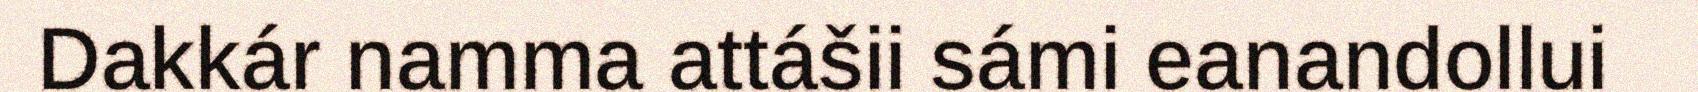
Dakkár namma attášii sámi eanandollui